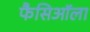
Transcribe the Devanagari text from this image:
फैसिऑला